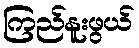
ကြည်နူးဖွယ်